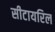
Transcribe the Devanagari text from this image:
सीटायरिल